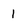
Character: 1